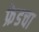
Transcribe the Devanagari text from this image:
फ्रेडचा